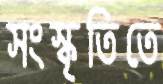
সংস্কৃতিতে